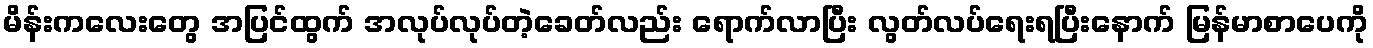
မိန်းကလေးတွေ အပြင်ထွက် အလုပ်လုပ်တဲ့ခေတ်လည်း ရောက်လာပြီး လွတ်လပ်ရေးရပြီးနောက် မြန်မာစာပေကို